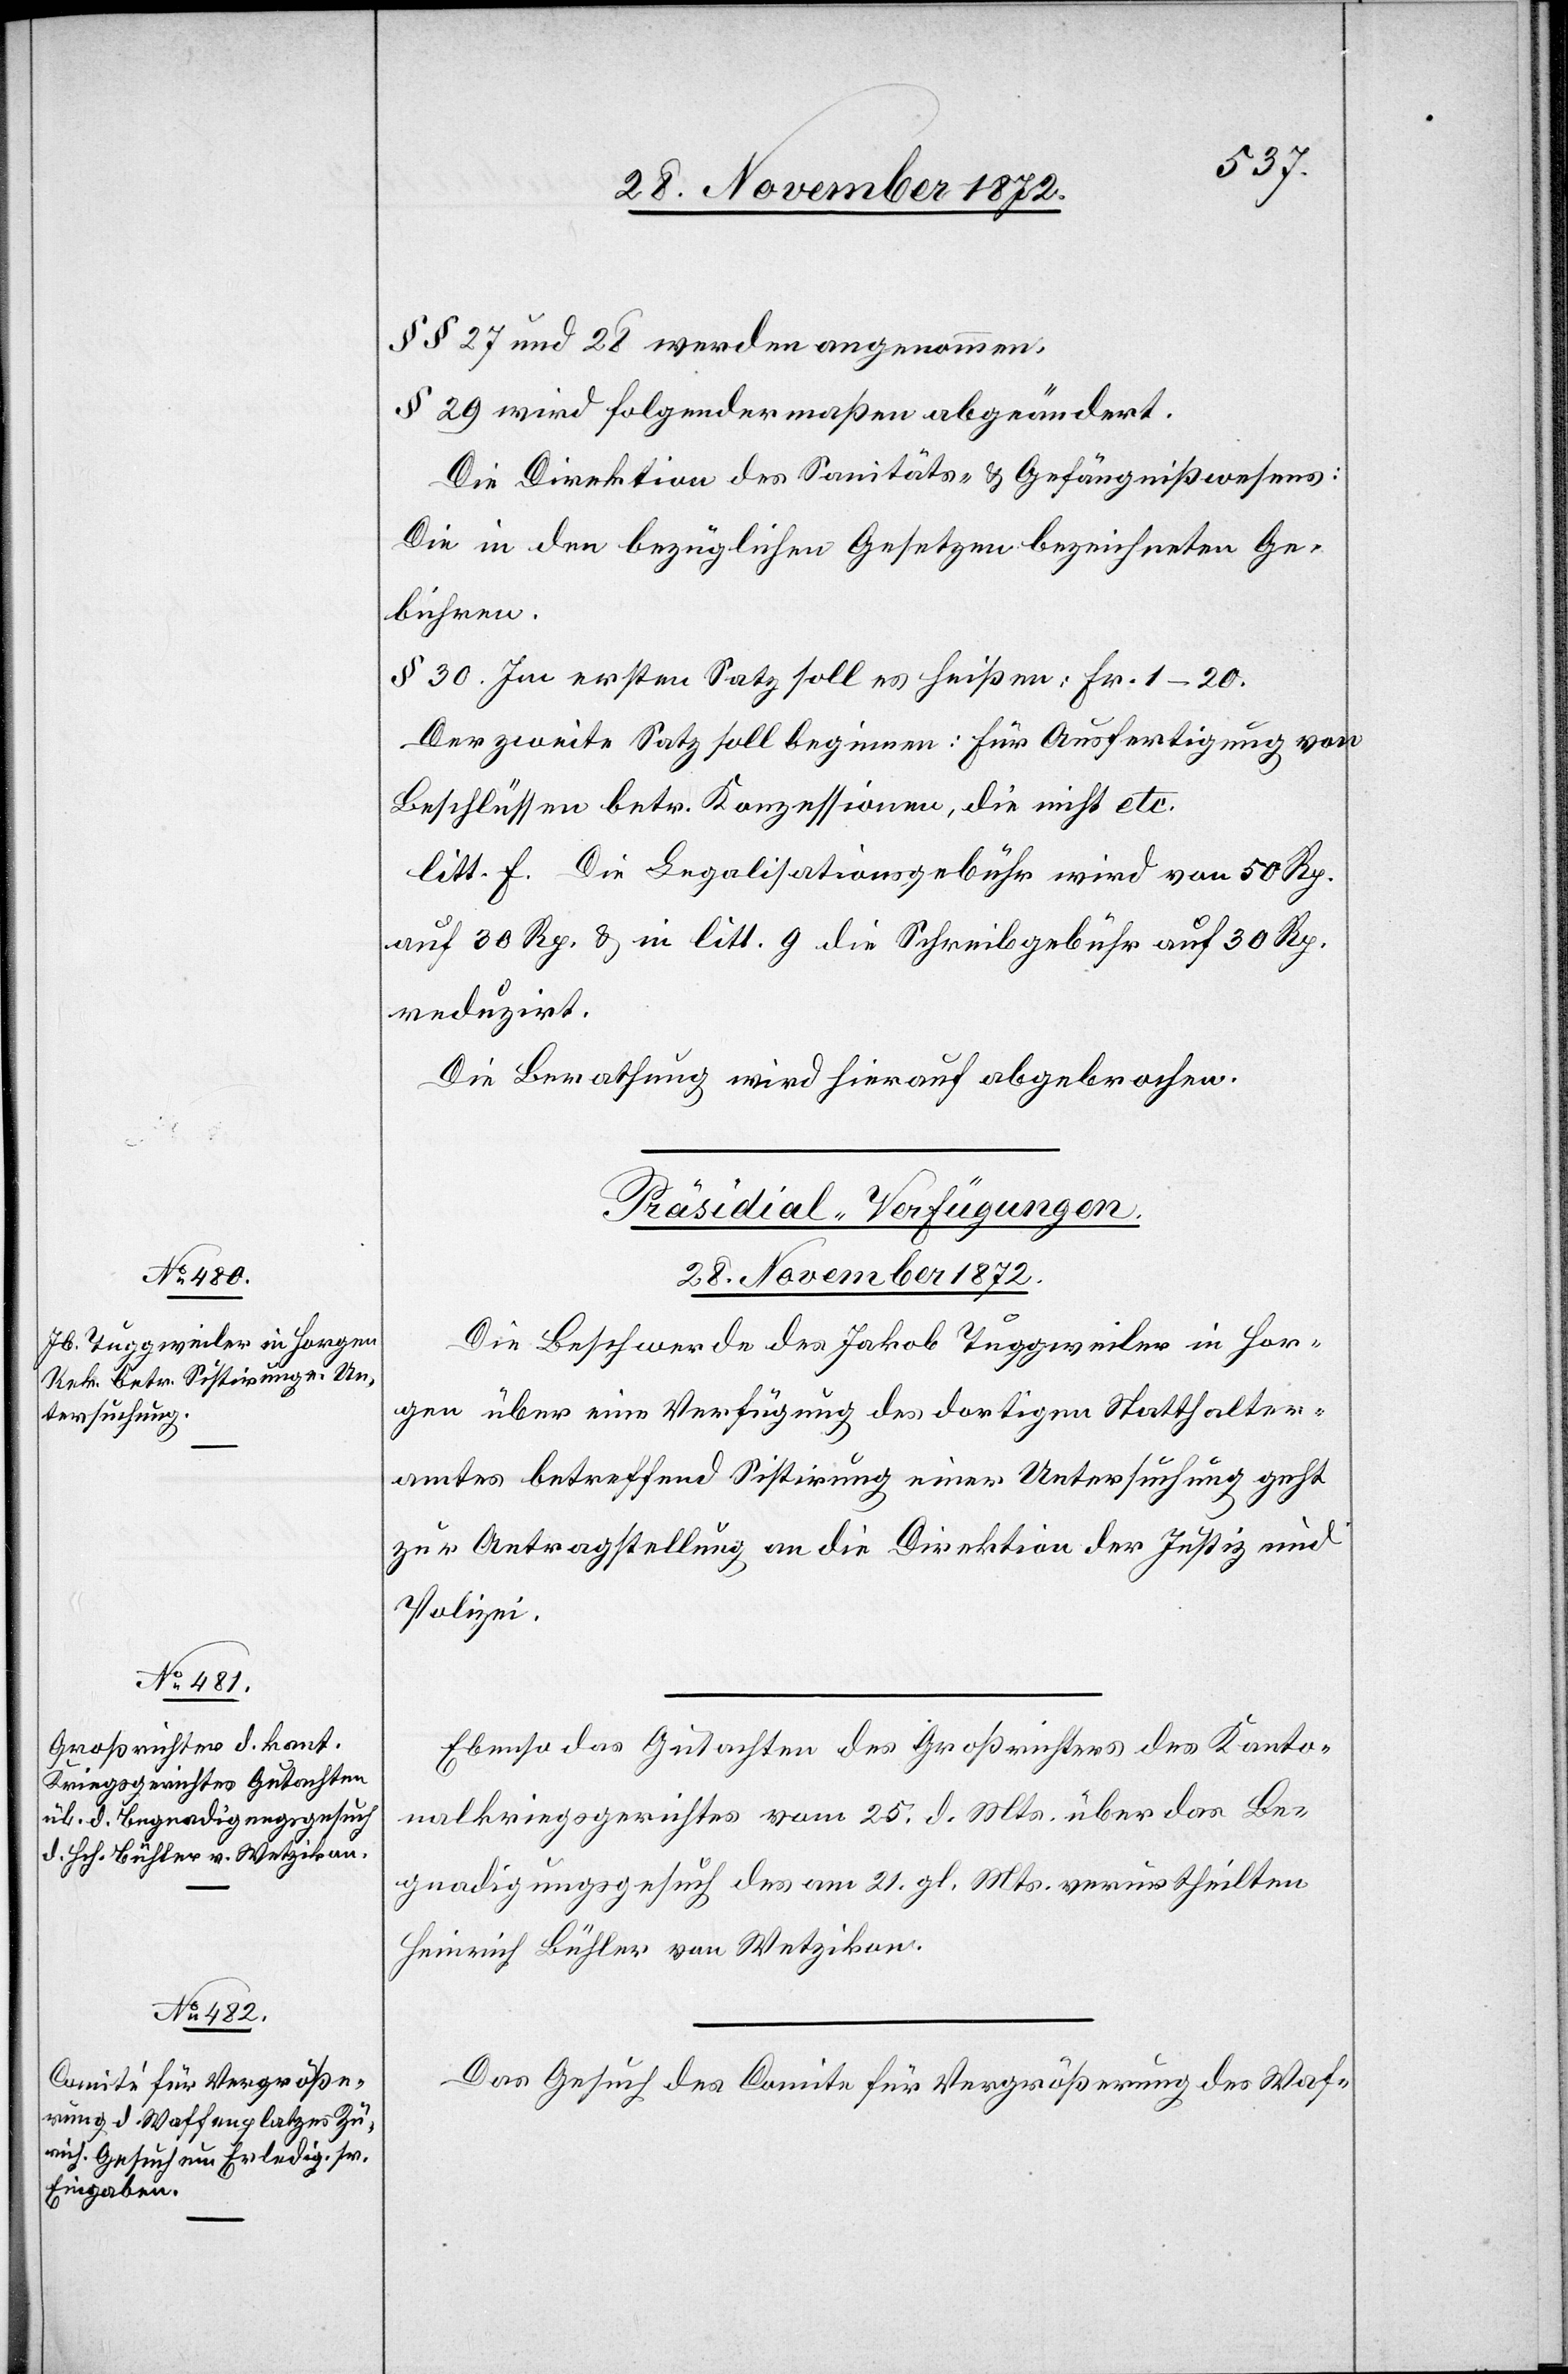
§§ 27 und 28 werden angenommen.
§ 29 wird folgendermaßen abgeändert.
Die Direktion des Sanitäts- u. Gefängnißwesens:
Die in den bezüglichen Gesetzen bezeichneten Ge¬
bühren.
§ 30. Im ersten Satz soll es heißen: Fr. 1–20.
Der zweite Satz soll beginnen: Für Ausfertigung von
Beschlüssen betr. Konzessionen, die nicht etc.
litt. f. Die Legalisationsgebühr wird von 50 Rp.
auf 30 Rp. u. in litt. g die Schreibgebühr auf 30 Rp.
reduzirt.
Die Berathung wird hierauf abgebrochen.
[Präsidial-Verfügungen.
28. November 1872.]
Die Beschwerde des Jakob Tuggweiler in Hor¬
gen über eine Verfügung des dortigen Statthalter¬
amtes betreffend Sistirung einer Untersuchung geht
zur Antragstellung an die Direktion der Justiz und
Polizei.
Ebenso das Gutachten des Großrichters des Kanto¬
nalkriegsgerichtes vom 25. d. Mts. über das Be¬
gnadigungsgesuch des am 21. gl. Mts. verurtheilten
Heinrich Bühler von Wetzikon.
Das Gesuch des Comite für Vergrößerung des Waf-